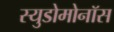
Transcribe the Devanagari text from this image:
स्युडोमोनॉस